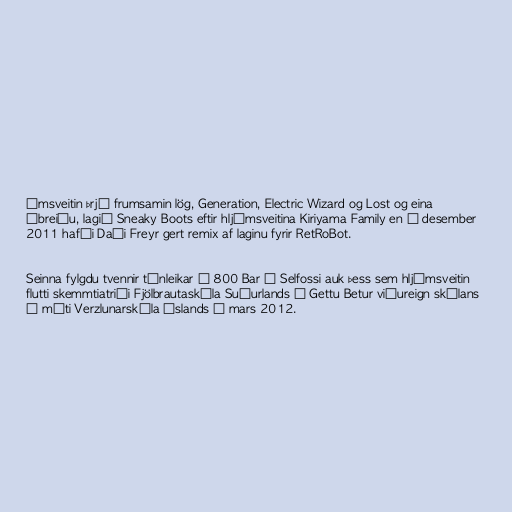
ómsveitin þrjú frumsamin lög, Generation, Electric Wizard og Lost og eina
ábreiðu, lagið Sneaky Boots eftir hljómsveitina Kiriyama Family en í desember
2011 hafði Daði Freyr gert remix af laginu fyrir RetRoBot.

Seinna fylgdu tvennir tónleikar á 800 Bar á Selfossi auk þess sem hljómsveitin
flutti skemmtiatriði Fjölbrautaskóla Suðurlands í Gettu Betur viðureign skólans
á móti Verzlunarskóla Íslands í mars 2012.